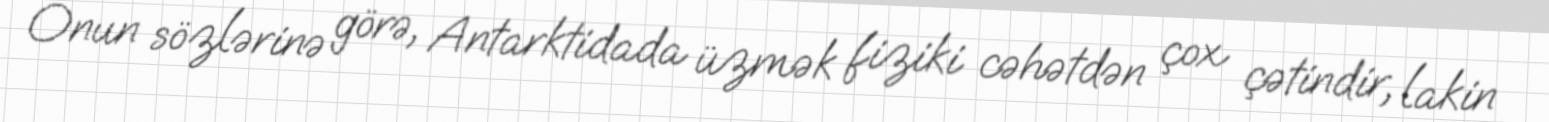
Onun sözlərinə görə, Antarktidada üzmək fiziki cəhətdən çox çətindir, lakin